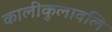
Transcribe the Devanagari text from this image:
कालीकुलावलि